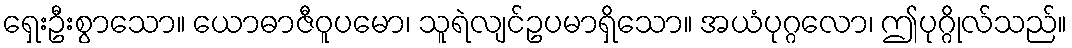
ရှေးဦးစွာသော။ ယောဓာဇီဝူပမော၊ သူရဲလျင်ဥပမာရှိသော။ အယံပုဂ္ဂလော၊ ဤပုဂ္ဂိုလ်သည်။